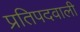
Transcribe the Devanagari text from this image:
प्रतिपदवाली